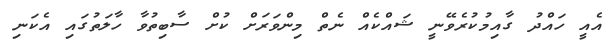
އެއީ ހައްދު ގާއިމުކުރެވޭނީ ޝައްކެއް ނެތް މިންވަރަށް ކުށް ސާބިތުވާ ހާލަތުގައި އެކަނި